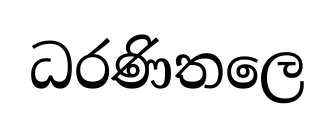
ධරණිතලෙ